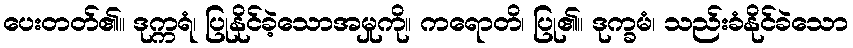
ပေးတတ်၏။ ဒုက္ကရံ၊ ပြုနိုင်ခဲ့သောအမှုကို။ ကရောတိ၊ ပြု၏။ ဒုက္ခမံ၊ သည်းခံနိုင်ခဲသော